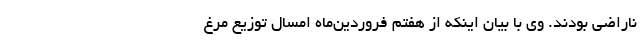
ناراضی بودند. وی با بیان اینکه از هفتم فروردین‌ماه امسال توزیع مرغ